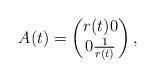
LaTeX: \begin{align*}A(t) = \begin{pmatrix} {r(t)} 0 \\ 0\frac 1 {r(t)}\end{pmatrix},\end{align*}